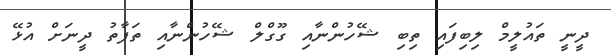
ދީނީ ތައުލީމް ލިބިފައި ތިބި ޝޭހުންނާއި ގޫގްލް ޝޭހުންނާއި ތަފާތު ދީނަށް އުޅޭ